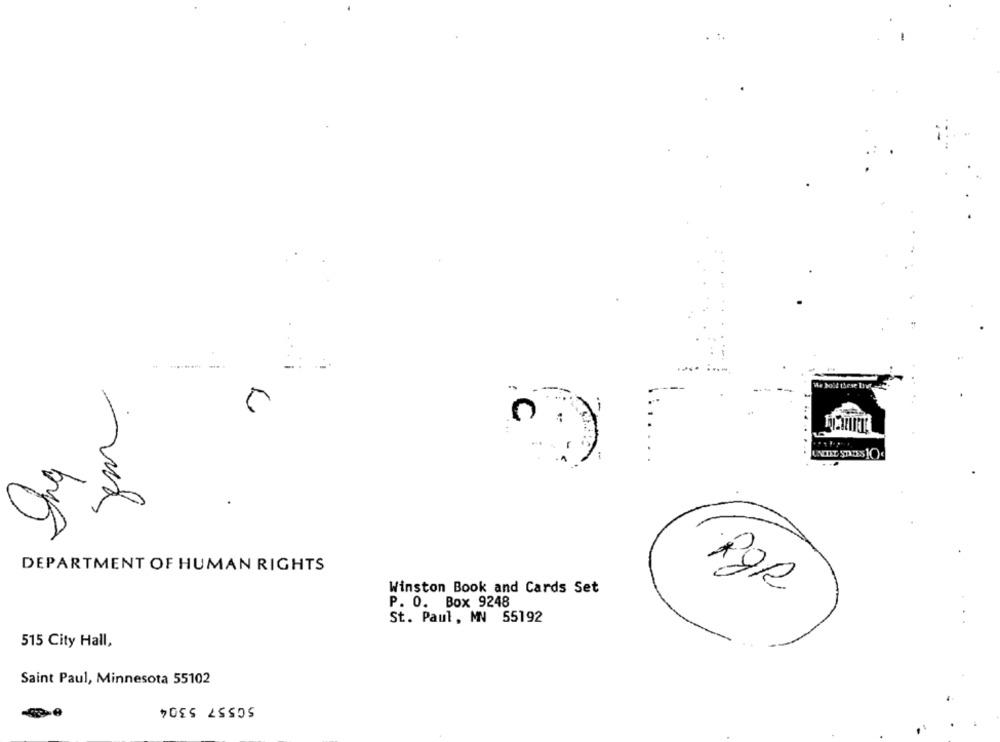
Ae boil these In
UNITED STATES 10
DEPARTMENT OF HUMAN RIGHTS
Winston Book and Cards Set
POR
P. O. Box 9248
St. Paul, MN 55192
515 City Hall,
Saint Paul, Minnesota 55102
50557 5304